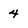
Character: 4